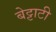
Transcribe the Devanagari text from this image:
बेट्टाटी